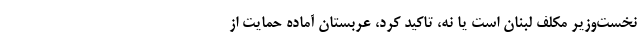
نخست‌وزیر مکلف لبنان است یا نه، تاکید کرد، عربستان آماده حمایت از